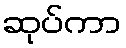
ဆုပ်ကာ